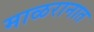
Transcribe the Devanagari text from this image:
माळरानात